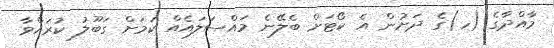
މާއްދާގެ (ހ)ގެ ދަށުން އެ ކޯޓަށް ބެލޭނެ މައްސަލައެއް ކަމަށް ގަބޫލު ކުރައްވާ